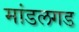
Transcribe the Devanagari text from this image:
मांडलगड